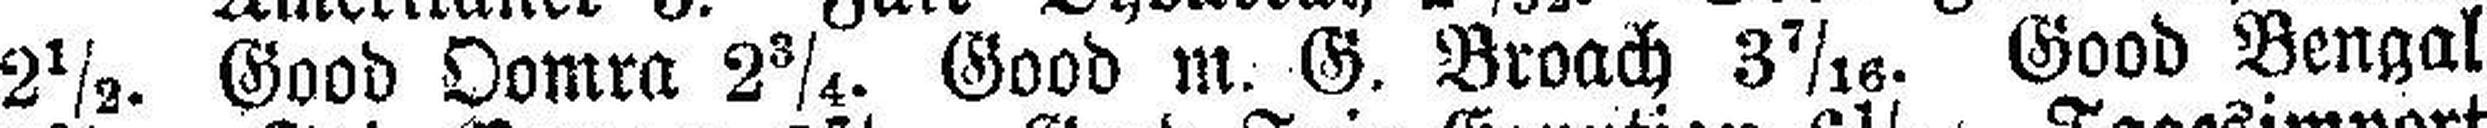
2½. Good Oomra 2¾. Good m. G. Broach 3 7/16. Good Bengal